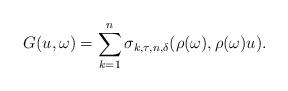
LaTeX: \begin{align*}G(u,\omega) = \sum_{k=1}^{n} \sigma_{k,\tau,n,\delta}(\rho(\omega),\rho(\omega)u).\end{align*}